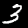
Digit: 3